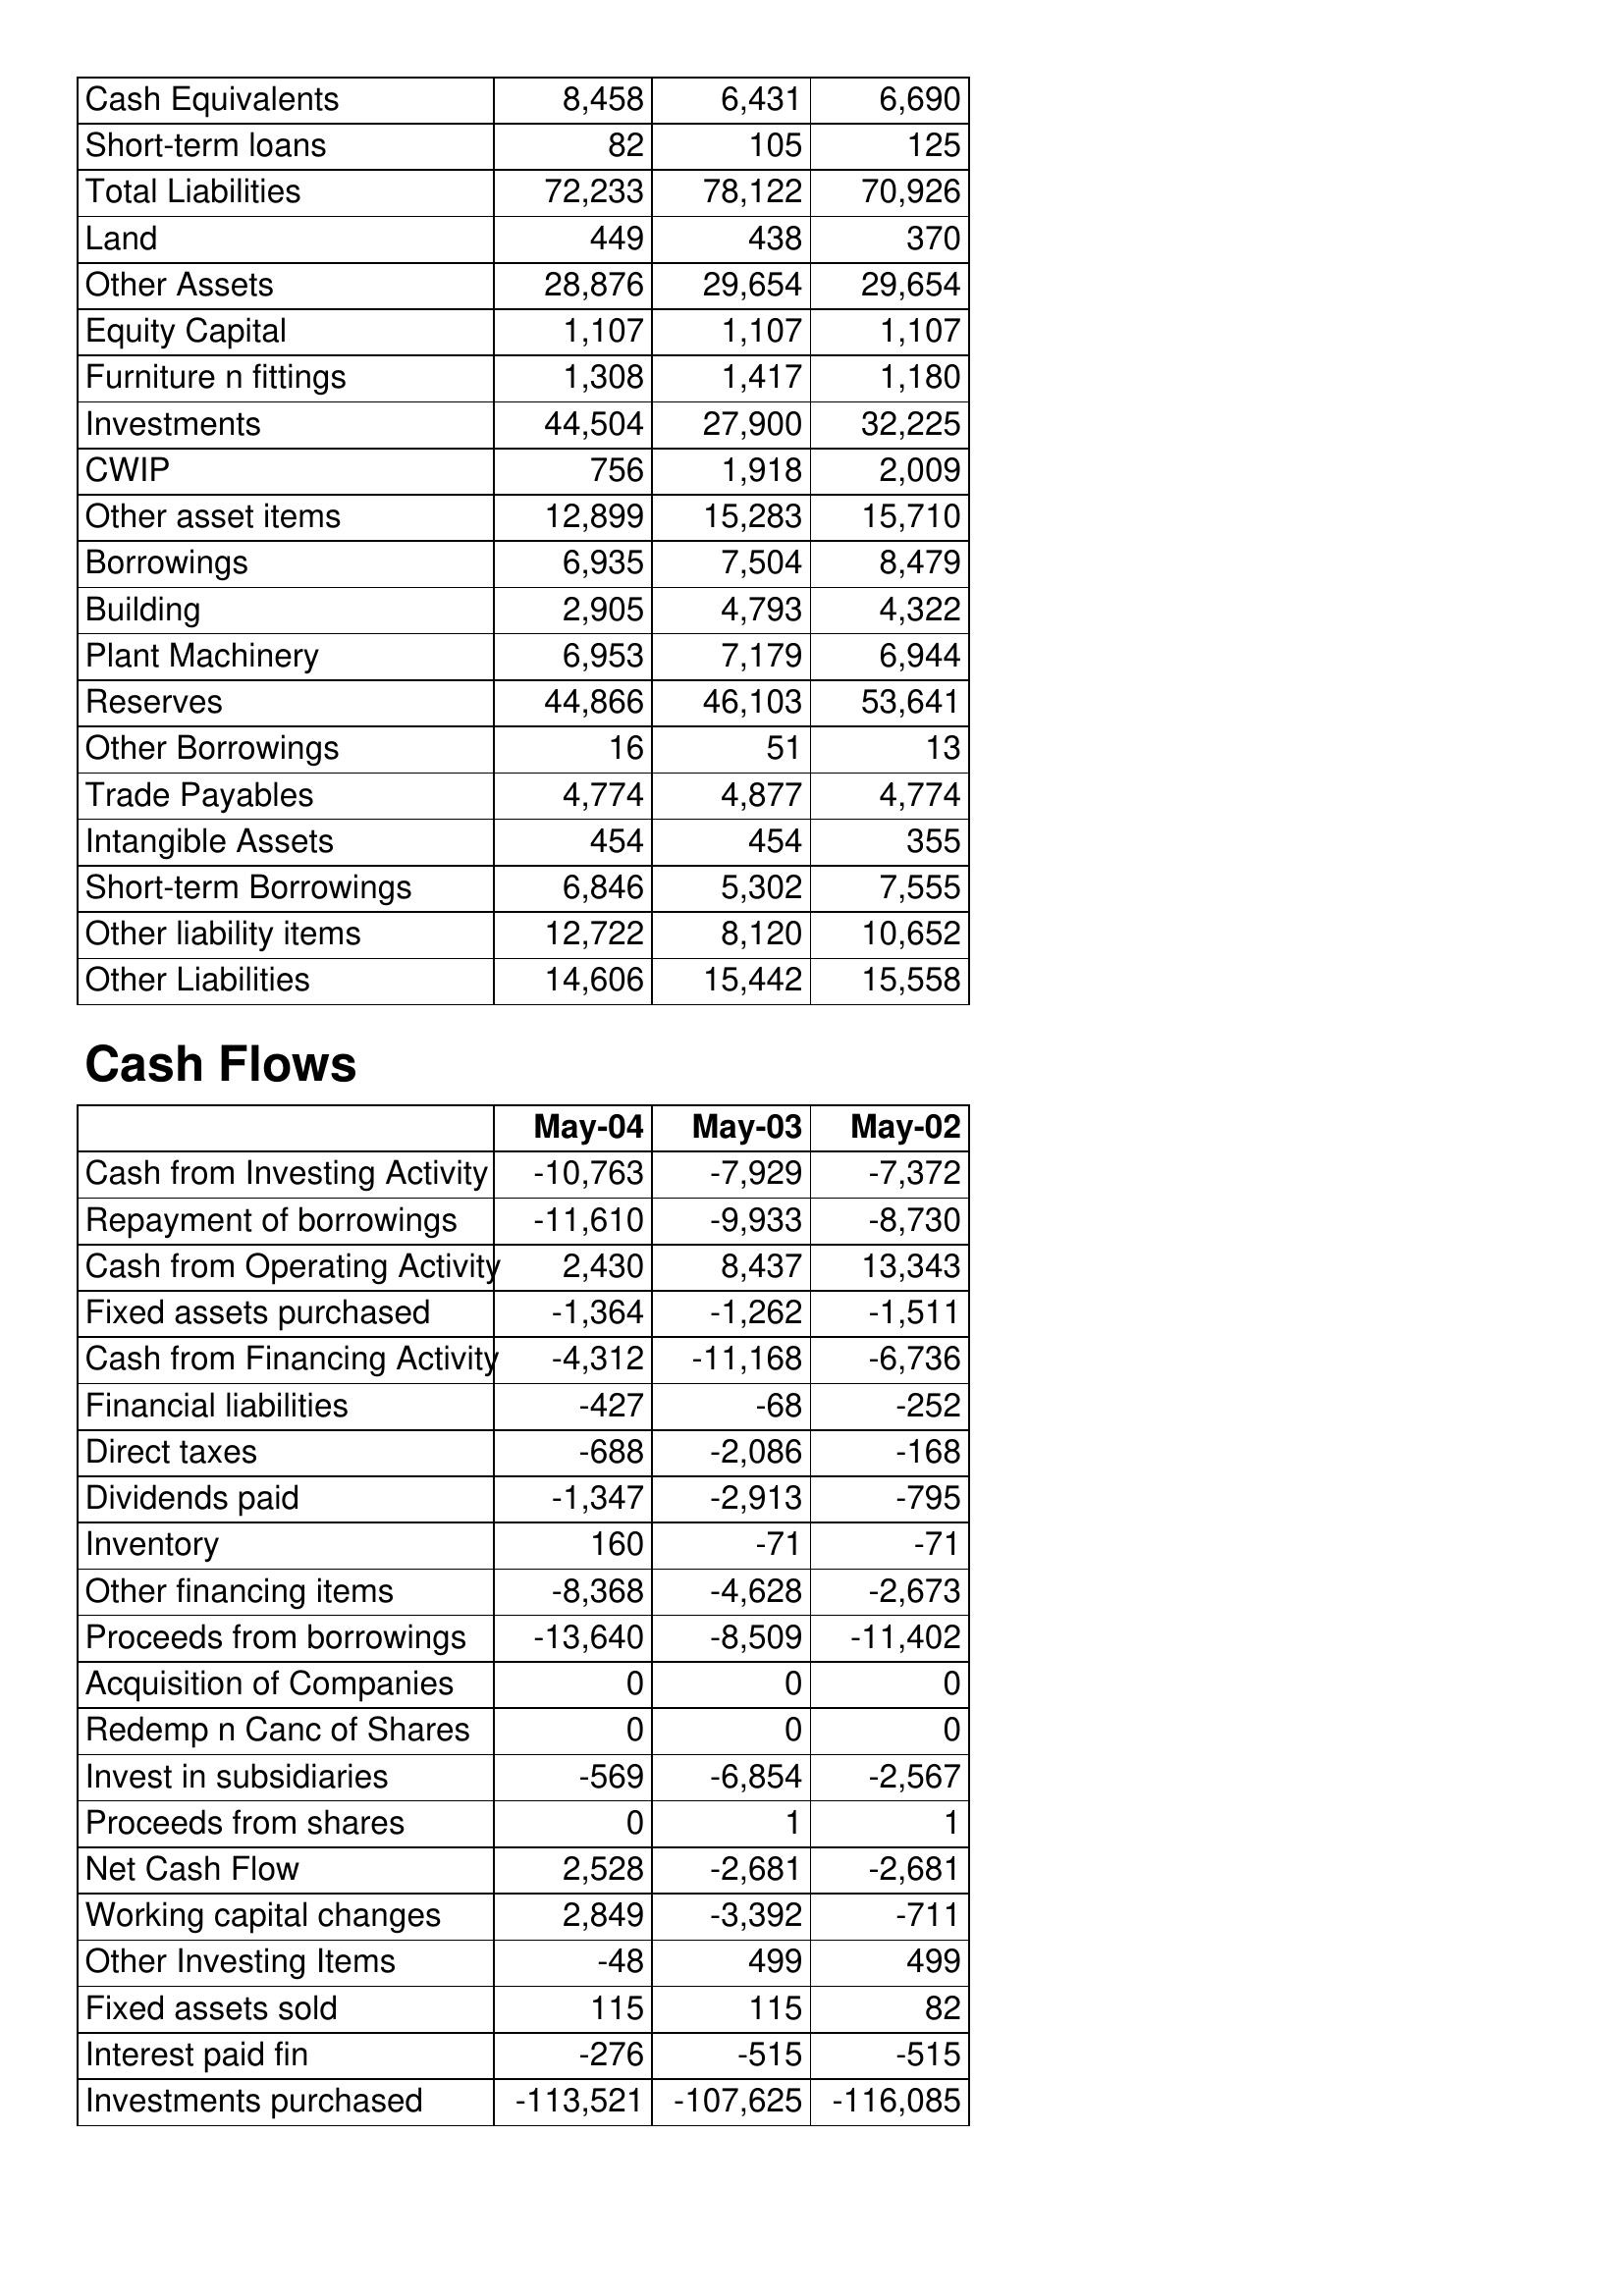
May-04: Balance Sheet: Cash Equivalents: 8,458
Short-term loans: 82
Total Liabilities: 72,233
Land: 449
Other Assets: 28,876
Equity Capital: 1,107
Furniture n fittings: 1,308
Investments: 44,504
CWIP: 756
Other asset items: 12,899
Borrowings: 6,935
Building: 2,905
Plant Machinery: 6,953
Reserves: 44,866
Other Borrowings: 16
Trade Payables: 4,774
Intangible Assets: 454
Short-term Borrowings: 6,846
Other liability items: 12,722
Other Liabilities: 14,606
Cash Flows: Cash from Investing Activity: -10,763
Repayment of borrowings: -11,610
Cash from Operating Activity: 2,430
Fixed assets purchased: -1,364
Cash from Financing Activity: -4,312
Financial liabilities: -427
Direct taxes: -688
Dividends paid: -1,347
Inventory: 160
Other financing items: -8,368
Proceeds from borrowings: -13,640
Acquisition of Companies: 0
Redemp n Canc of Shares: 0
Invest in subsidiaries: -569
Proceeds from shares: 0
Net Cash Flow: 2,528
Working capital changes: 2,849
Other Investing Items: -48
Fixed assets sold: 115
Interest paid fin: -276
Investments purchased: -113,521
May-03: Balance Sheet: Cash Equivalents: 6,431
Short-term loans: 105
Total Liabilities: 78,122
Land: 438
Other Assets: 29,654
Equity Capital: 1,107
Furniture n fittings: 1,417
Investments: 27,900
CWIP: 1,918
Other asset items: 15,283
Borrowings: 7,504
Building: 4,793
Plant Machinery: 7,179
Reserves: 46,103
Other Borrowings: 51
Trade Payables: 4,877
Intangible Assets: 454
Short-term Borrowings: 5,302
Other liability items: 8,120
Other Liabilities: 15,442
Cash Flows: Cash from Investing Activity: -7,929
Repayment of borrowings: -9,933
Cash from Operating Activity: 8,437
Fixed assets purchased: -1,262
Cash from Financing Activity: -11,168
Financial liabilities: -68
Direct taxes: -2,086
Dividends paid: -2,913
Inventory: -71
Other financing items: -4,628
Proceeds from borrowings: -8,509
Acquisition of Companies: 0
Redemp n Canc of Shares: 0
Invest in subsidiaries: -6,854
Proceeds from shares: 1
Net Cash Flow: -2,681
Working capital changes: -3,392
Other Investing Items: 499
Fixed assets sold: 115
Interest paid fin: -515
Investments purchased: -107,625
May-02: Balance Sheet: Cash Equivalents: 6,690
Short-term loans: 125
Total Liabilities: 70,926
Land: 370
Other Assets: 29,654
Equity Capital: 1,107
Furniture n fittings: 1,180
Investments: 32,225
CWIP: 2,009
Other asset items: 15,710
Borrowings: 8,479
Building: 4,322
Plant Machinery: 6,944
Reserves: 53,641
Other Borrowings: 13
Trade Payables: 4,774
Intangible Assets: 355
Short-term Borrowings: 7,555
Other liability items: 10,652
Other Liabilities: 15,558
Cash Flows: Cash from Investing Activity: -7,372
Repayment of borrowings: -8,730
Cash from Operating Activity: 13,343
Fixed assets purchased: -1,511
Cash from Financing Activity: -6,736
Financial liabilities: -252
Direct taxes: -168
Dividends paid: -795
Inventory: -71
Other financing items: -2,673
Proceeds from borrowings: -11,402
Acquisition of Companies: 0
Redemp n Canc of Shares: 0
Invest in subsidiaries: -2,567
Proceeds from shares: 1
Net Cash Flow: -2,681
Working capital changes: -711
Other Investing Items: 499
Fixed assets sold: 82
Interest paid fin: -515
Investments purchased: -116,085